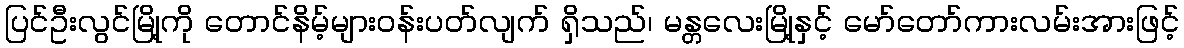
ပြင်ဦးလွင်မြို့ကို တောင်နိမ့်များဝန်းပတ်လျက် ရှိသည်၊ မန္တလေးမြို့နှင့် မော်တော်ကားလမ်းအားဖြင့်